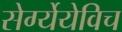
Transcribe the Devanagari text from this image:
सेर्ग्येयेविच